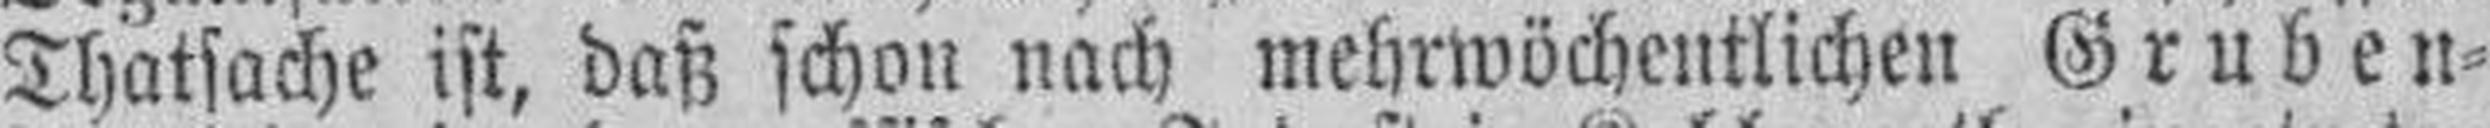
Thatsache ist, daß schon nach mehrwöchentlichen Gruben¬